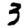
Digit: 3